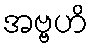
အဗ္ဗဟိ